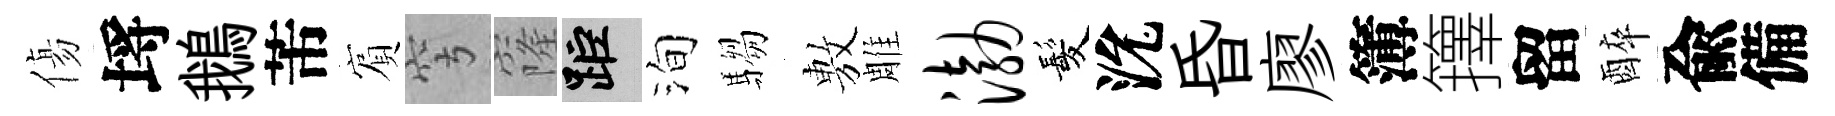
傷埓鵝芾賔穹窿距洵騶𢾾雕渤髪沇昏廖簿籜留醉兪備